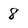
Character: 8